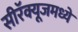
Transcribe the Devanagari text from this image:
सीरॅक्यूजमध्ये